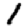
Digit: 1